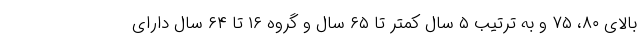
بالای ۸۰، ۷۵ و به ترتیب ۵ سال کمتر تا ۶۵ سال و گروه ۱۶ تا ۶۴ سال دارای